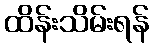
ထိန်းသိမ်းရန်